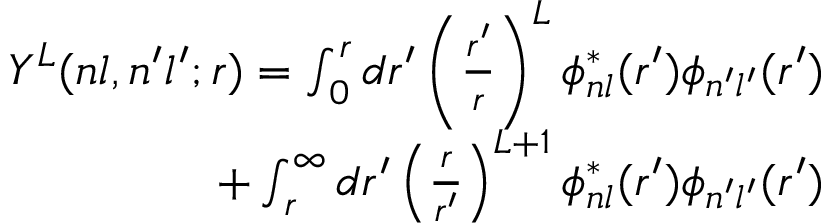
\begin{array} { r } { Y ^ { L } ( n l , n ^ { \prime } l ^ { \prime } ; r ) = \int _ { 0 } ^ { r } d r ^ { \prime } \left( \frac { r ^ { \prime } } { r } \right) ^ { L } \phi _ { n l } ^ { * } ( r ^ { \prime } ) \phi _ { n ^ { \prime } l ^ { \prime } } ( r ^ { \prime } ) } \\ { + \int _ { r } ^ { \infty } d r ^ { \prime } \left( \frac { r } { r ^ { \prime } } \right) ^ { L + 1 } \phi _ { n l } ^ { * } ( r ^ { \prime } ) \phi _ { n ^ { \prime } l ^ { \prime } } ( r ^ { \prime } ) } \end{array}